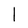
Character: l